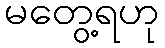
မတွေ့ရဟု